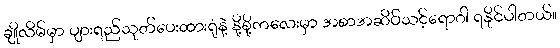
ချိုလိမ်မှာ ပျားရည်သုတ်ပေးထားရုံနဲ့ နို့စို့ကလေးမှာ အစာအဆိပ်သင့်ရောဂါ ရနိုင်ပါတယ်။